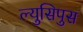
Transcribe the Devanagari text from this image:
ल्युसिपुस